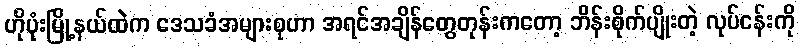
ဟိုပုံးမြို့နယ်ထဲက ဒေသခံအများစုဟာ အရင်အချိန်တွေတုန်းကတော့ ဘိန်းစိုက်ပျိုးတဲ့ လုပ်ငန်းကို